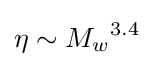
\eta \sim {M_{w}}^{3.4}